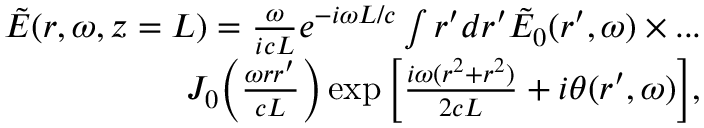
\begin{array} { r } { \tilde { E } ( r , \omega , z = L ) = \frac { \omega } { i c L } e ^ { - i \omega L / c } \int r ^ { \prime } d r ^ { \prime } \tilde { E } _ { 0 } ( r ^ { \prime } , \omega ) \times . . . } \\ { J _ { 0 } \bigg ( \frac { \omega r r ^ { \prime } } { c L } \bigg ) \exp { \bigg [ \frac { i \omega ( r ^ { 2 } + r ^ { 2 } ) } { 2 c L } + i \theta ( r ^ { \prime } , \omega ) \bigg ] } , } \end{array}